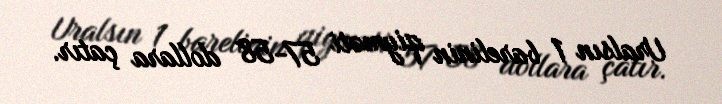
Uralsın 1 barelinin qiyməti 57-58 dollara çatır.